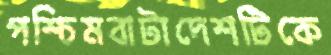
পশ্চিমবাটাদেশটিকে